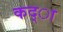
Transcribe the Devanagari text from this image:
कद्ा